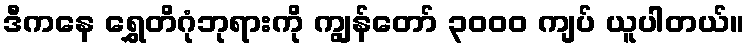
ဒီကနေ ရွှေတိဂုံဘုရားကို ကျွန်တော် ၃၀၀၀ ကျပ် ယူပါတယ်။